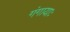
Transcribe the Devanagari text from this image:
गंगायाः